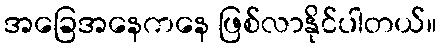
အခြေအနေကနေ ဖြစ်လာနိုင်ပါတယ်။